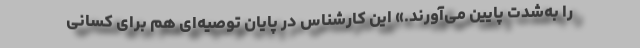
را به‌شدت پایین می‌آورند.» این کارشناس در پایان توصیه‌ای هم برای کسانی